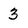
Character: 3